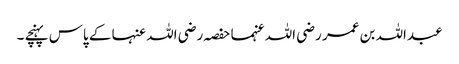
عبداللہ بن عمر رضی اللہ عنہما حفصہ رضی اللہ عنہا کے پاس پہنچے ۔